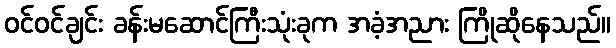
ဝင်ဝင်ချင်း ခန်းမဆောင်ကြီးသုံးခုက အခံ့အညား ကြိုဆိုနေသည်။